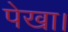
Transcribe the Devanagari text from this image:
पेखा।